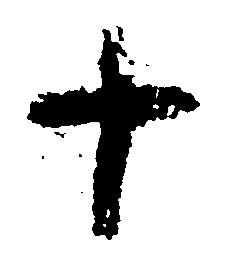
十